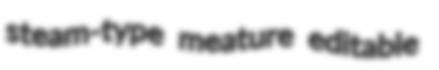
steam-type meature editable